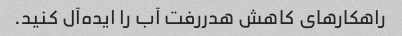
راهکارهای کاهش هدررفت آب را ایده‌آل کنید.